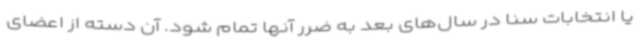
یا انتخابات سنا در سال‌های بعد به ضرر آنها تمام شود. آن دسته از اعضای